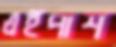
এইপাশ